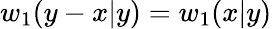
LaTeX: w_{1}(y-x|y)=w_{1}(x|y)